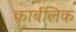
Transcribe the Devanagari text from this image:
कार्बलिक